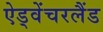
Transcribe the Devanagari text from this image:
ऐड्वेंचरलैंड